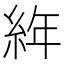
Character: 𦀅